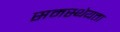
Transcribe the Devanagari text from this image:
समस्थेयता